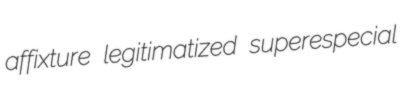
affixture legitimatized superespecial